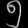
Digit: ၅